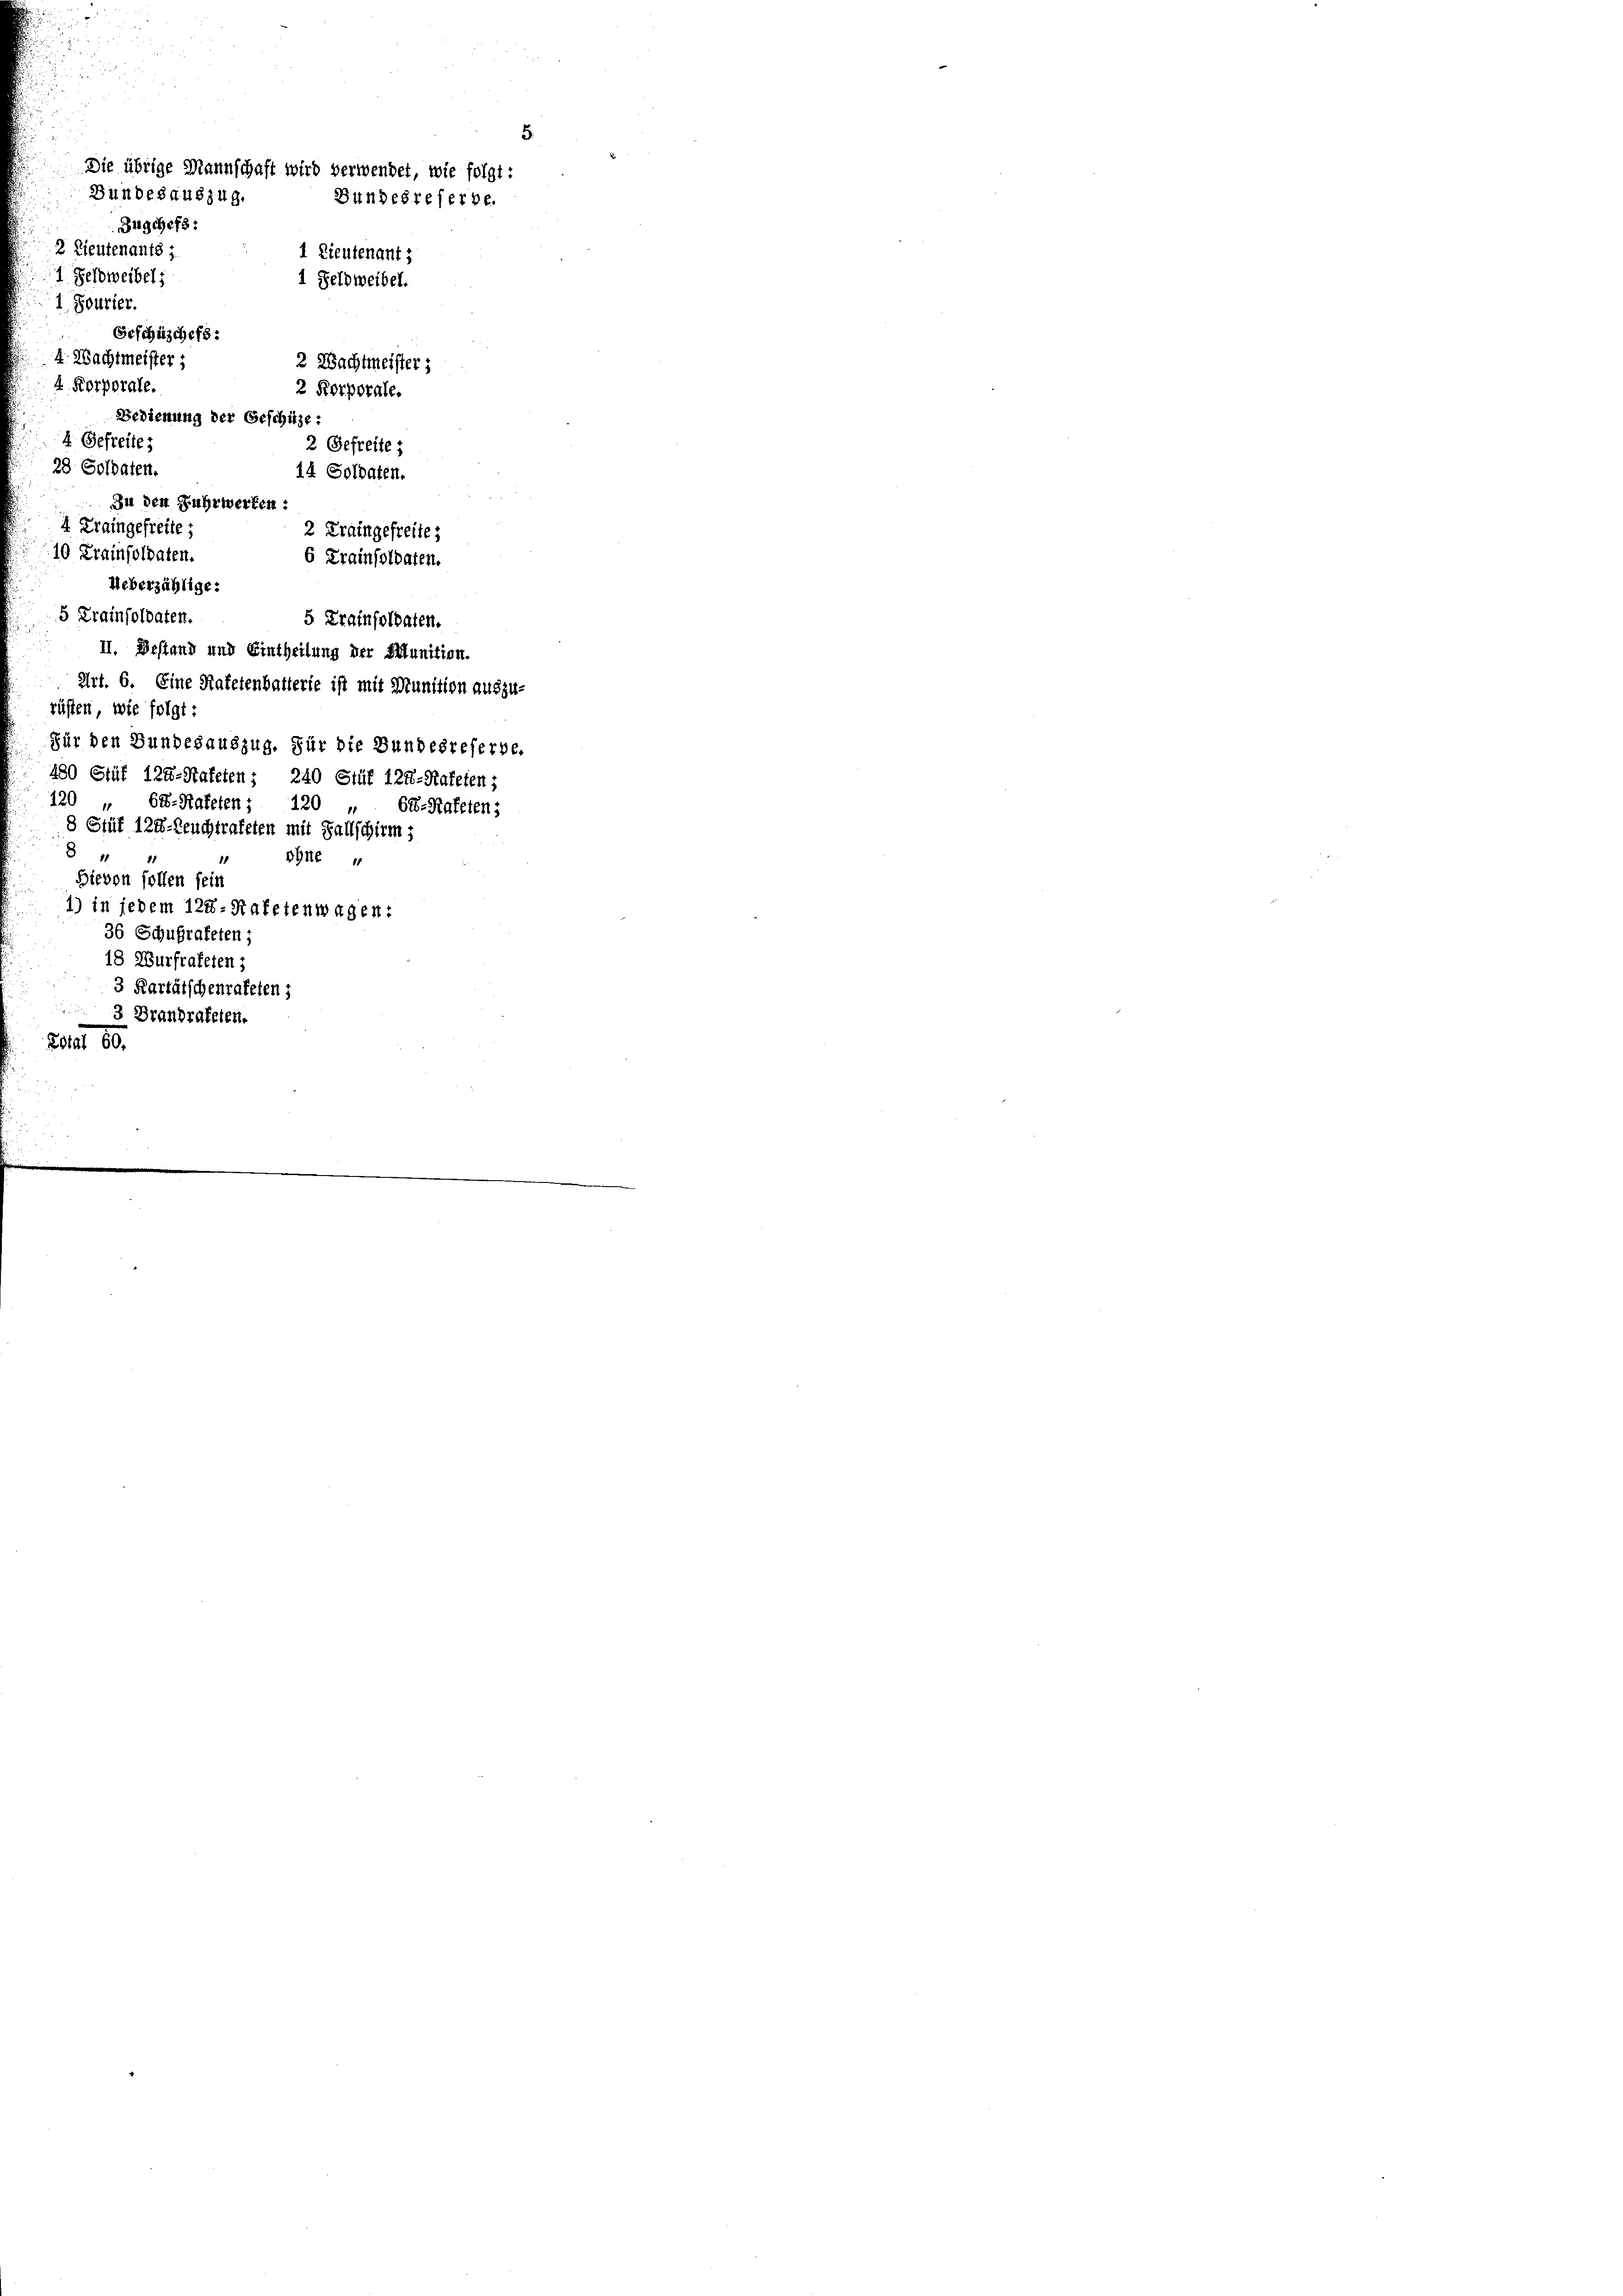
2 Lieutenants;
1 Geldweibel;
1 Feldweibel.
1. Tourier.
Geschüschefs:
4. Nachtmeister;
2 Wachtmeister:
4 Korporale.
2 Korporale.
Bedienung der Geschütze:

3 Kartätschenrateten;
3 Brandratelen.
201, 10.

4 Gefreites
28 Soldaten.
In den Fuhrwerken:
4 Kraingefreite
10 Krainsoldaten.
Ueberzählige:

5
Die übrige Mannschaft wird verwendet, wie folgt:
Bundesauszug.
Bundesreferbe.
Zugchefs :
1 Lieutenant ;

2 Gefreite,
14 Soldaten.
2 Traingefreite
6 Krainsoldaten.
5 Krainsoldaten.
5 Krainsoldaten.
II. Bestand und Eintheilung der Munition.
Art. 6. Eine Ratetenballerie ist mit Munition auszu-
rüsten, wie folgt:
Für den Bundesauszug. Für die Bundesreferbe.
480 Stüf 124. Stateten: 240 Stüt 124. Kateten;
120 „ 68-Rateten; 120 „ 64-Rafeten;
8 Efüt 124. Leuchtrateten mit Fallschirm,
5
d
ohne
Hievon sollen sein
1) in jedem 124. Hafetenwagen:
36 Schulrateten;
18 Wurfrateten